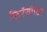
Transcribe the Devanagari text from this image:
फिनैसीटिन